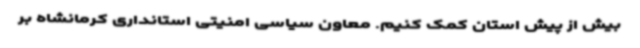
بیش از پیش استان کمک کنیم. معاون سیاسی امنیتی استانداری کرمانشاه بر